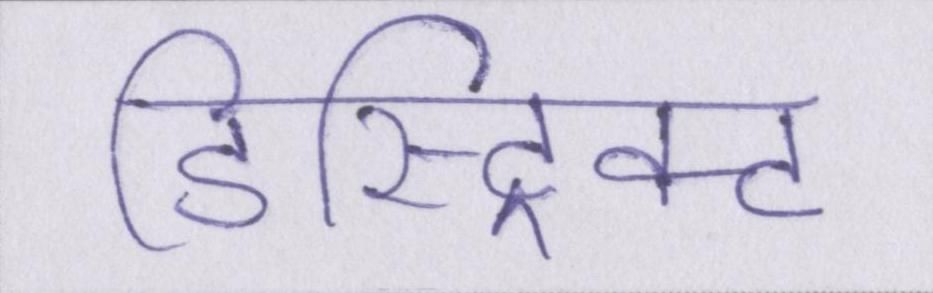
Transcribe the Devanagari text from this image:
डिस्ट्रिक्ट